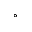
^ { \circ }